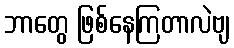
ဘာတွေ ဖြစ်နေကြတာလဲဗျ